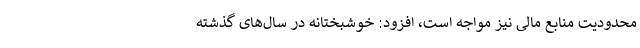
محدودیت منابع مالی نیز مواجه است، افزود: خوشبختانه در سال‌های گذشته